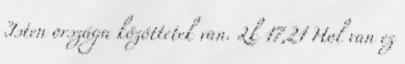
Isten országa közöttetek van. Lk 17,21 Hol van ez